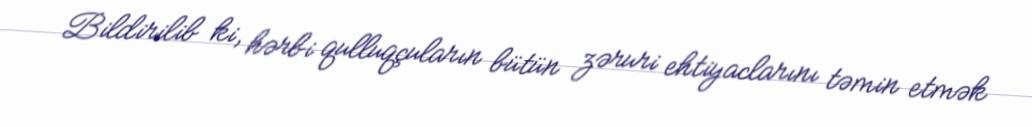
Bildirilib ki, hərbi qulluqçuların bütün zəruri ehtiyaclarını təmin etmək